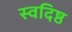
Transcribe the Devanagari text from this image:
स्वदिष्ठ